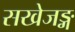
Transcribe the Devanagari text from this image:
सखेजङ्ग